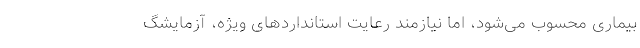
بیماری محسوب می‌شود، اما نیازمند رعایت استانداردهای ویژه، آزمایشگ